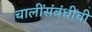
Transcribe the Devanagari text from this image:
चालींसंबंधीची